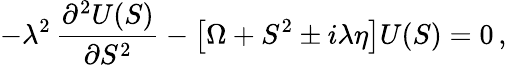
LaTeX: -\lambda^{2}\, \frac{\partial^{2}U(S)}{\partial S^{2}}-\left[\Omega+S^{2}\pm i\lambda\eta\right]U(S)=0\, ,